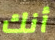
أنك